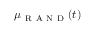
\mu _ { \mathrm { ~ R ~ A ~ N ~ D ~ } } ( t )